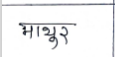
मजकूर: माथूर